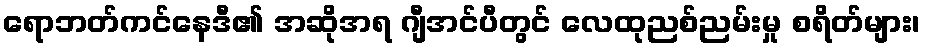
ရောဘတ်ကင်နေဒီ၏ အဆိုအရ ဂျီအင်ပီတွင် လေထုညစ်ညမ်းမှု စရိတ်များ၊